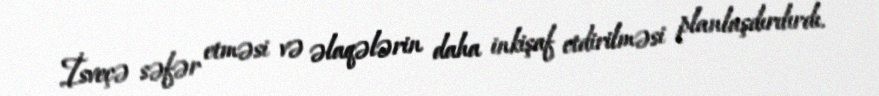
İsveçə səfər etməsi və əlaqələrin daha inkişaf etdirilməsi planlaşdırılırdı.